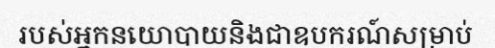
របស់អ្នកនយោបាយនិងជាឧបករណ៍សម្រាប់